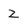
Character: Z